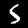
Label: 5